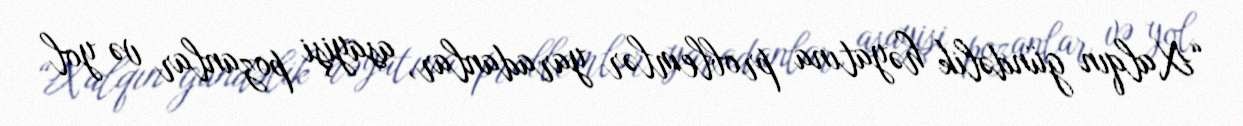
“Xalqın gündəlik həyatına problemlər yaradanlar, asayişi pozanlar və yol